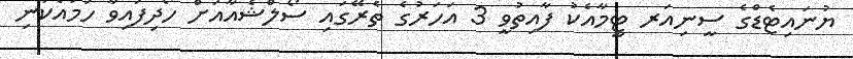
ޔުނައިޓެޑްގެ ސީނިއަރ ޓީމާއެކު ފާއިތުވީ 3 އަހަރުގެ ތެރޭގައި ސޯލްޝެއާއަށް ހޯދިފައިވާ ހަމައެކަނި